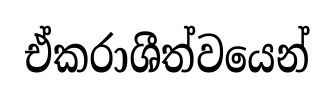
ඒකරාශීත්වයෙන්